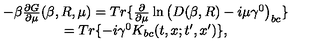
\begin{array} { c } { - \beta \frac { \partial G } { \partial \mu } ( \beta , R , \mu ) = T r \{ \frac \partial { \partial \mu } \ln \left( D ( \beta , R ) - i \mu \gamma ^ { 0 } \right) _ { b c } \} } \\ { = T r \{ - i \gamma ^ { 0 } K _ { b c } ( t , x ; t ^ { \prime } , x ^ { \prime } ) \} , } \\ \end{array}